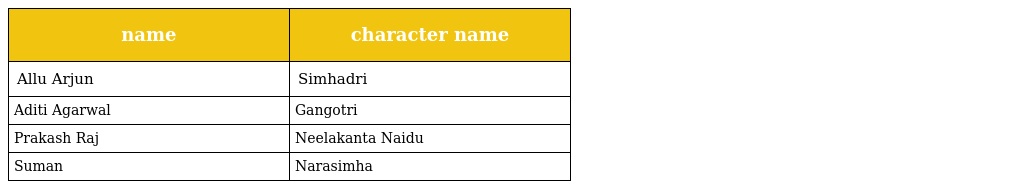
| name | character name |
 | --- | --- |
 | Allu Arjun | Simhadri |
 | Aditi Agarwal | Gangotri |
 | Prakash Raj | Neelakanta Naidu |
 | Suman | Narasimha |